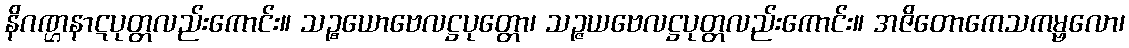
နိဂဏ္ဌနာဋပုတ္တလည်းကောင်း။ သဉ္စယောဗေလဋ္ဌပုတ္တော၊ သဉ္ဇယဗေလဋ္ဌပုတ္တလည်းကောင်း။ အဇိတောကေသကမ္ဗလော၊